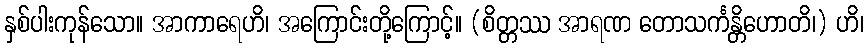
နှစ်ပါးကုန်သော။ အာကာရေဟိ၊ အကြောင်းတို့ကြောင့်။ (စိတ္တဿ အာရဏ တောသင်္ကန္တိဟောတိ၊) ဟိ၊